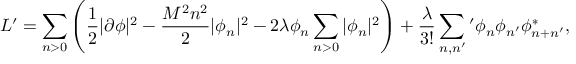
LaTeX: L ^ { \prime } = \sum _ { n > 0 } \left( \frac 1 2 | \partial \phi | ^ { 2 } - \frac { M ^ { 2 } n ^ { 2 } } { 2 } | \phi _ { n } | ^ { 2 } - 2 \lambda \phi _ { n } \sum _ { n > 0 } | \phi _ { n } | ^ { 2 } \right) + \frac { \lambda } { 3 ! } \sum _ { n , n ^ { \prime } } { } ^ { \prime } \phi _ { n } \phi _ { n ^ { \prime } } \phi _ { n + n ^ { \prime } } ^ { * } ,